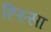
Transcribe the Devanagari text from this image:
ह्स्सिा